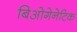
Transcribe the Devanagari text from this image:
बिओगेनेटिक